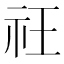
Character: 𥘛